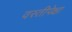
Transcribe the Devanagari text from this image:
वस्तीपेक्षा